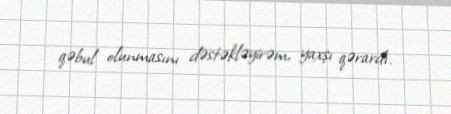
qəbul olunmasını dəstəkləyirəm, yaxşı qərardı.